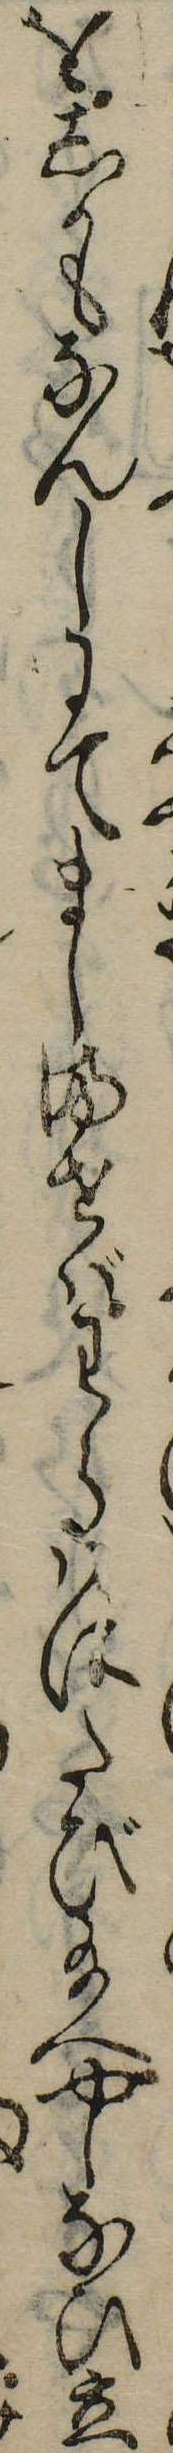
をしかもなんしにてましませばわらはにたび給へやしなひ立